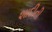
શાદીની